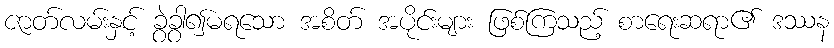
ဇာတ်လမ်းနှင့် ခွဲခွာ၍မရသော အစိတ် အပိုင်းများ ဖြစ်ကြသည့် စာရေးဆရာ၏ ဒဿန